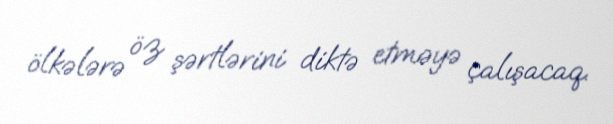
ölkələrə öz şərtlərini diktə etməyə çalışacaq.